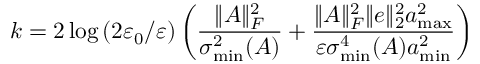
k = 2 \log \left( 2 \varepsilon _ { 0 } / \varepsilon \right) \left( \frac { \| A \| _ { F } ^ { 2 } } { \sigma _ { \operatorname* { m i n } } ^ { 2 } ( A ) } + \frac { \| A \| _ { F } ^ { 2 } \| e \| _ { 2 } ^ { 2 } a _ { \operatorname* { m a x } } ^ { 2 } } { \varepsilon \sigma _ { \operatorname* { m i n } } ^ { 4 } ( A ) a _ { \operatorname* { m i n } } ^ { 2 } } \right)